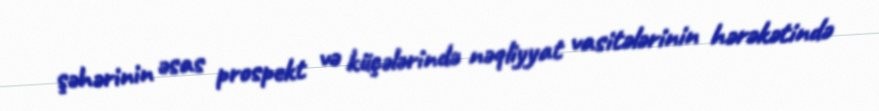
şəhərinin əsas prospekt və küçələrində nəqliyyat vasitələrinin hərəkətində